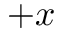
+ x